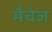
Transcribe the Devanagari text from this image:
मैचेज